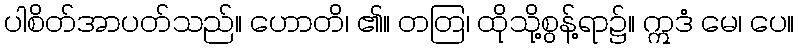
ပါစိတ်အာပတ်သည်။ ဟောတိ၊ ၏။ တတြ၊ ထိုသို့စွန့်ရာ၌။ ဣဒံ မေ၊ ပေ။